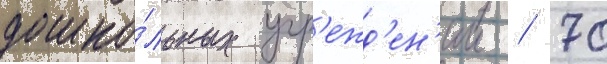
дошко́льных учр'ежд'ен'ии / 70